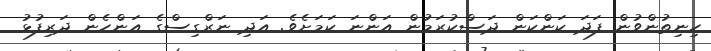
ހިނިތުންވުން ފަދަ ކަންކަން ދަސްކުރަމުން އަންނަ ކަމަށެވެ. އަދި ނަރްގިސްގެ އަންހެން ދަރިފުޅު